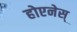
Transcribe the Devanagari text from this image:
होएनेस्